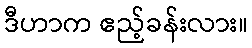
ဒီဟာက ဧည့်ခန်းလား။